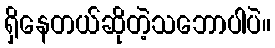
ရှိနေတယ်ဆိုတဲ့သဘောပါပဲ။